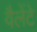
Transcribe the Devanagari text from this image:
वैलेंटे